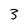
Character: 3